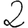
Digit: 2